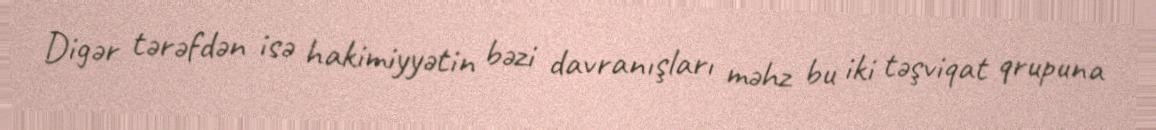
Digər tərəfdən isə hakimiyyətin bəzi davranışları məhz bu iki təşviqat qrupuna